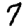
Digit: 7